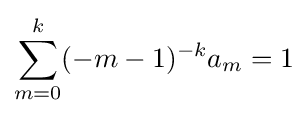
\sum _{m=0}^{k}(-m-1)^{-k}a_{m}=1